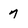
Character: 7